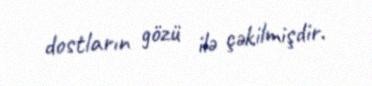
dostların gözü ilə çəkilmişdir.